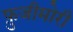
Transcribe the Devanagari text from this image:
फ़ुजीमोरी